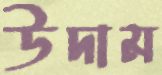
উদাম